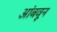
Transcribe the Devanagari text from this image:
आंबवून